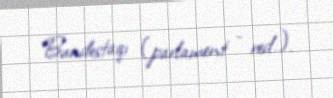
Bundestaqı (parlament - red.).